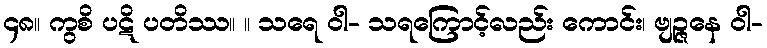
၄၈။ ကွစိ ပဋိ ပတိဿ။ ။ သရေ ဝါ- သရကြောင့်လည်း ကောင်း၊ ဗျဉ္ဇနေ ဝါ-